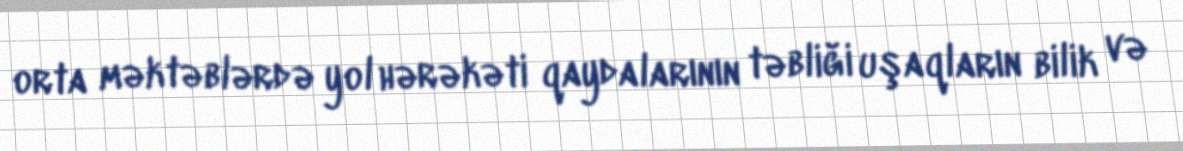
orta məktəblərdə yol hərəkəti qaydalarının təbliği uşaqların bilik və